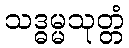
သဒ္ဓမ္မသုတ္တံ